Lunatic asylums Central Provinces reports 1895-1909 - 1895-1909
Year: 1895
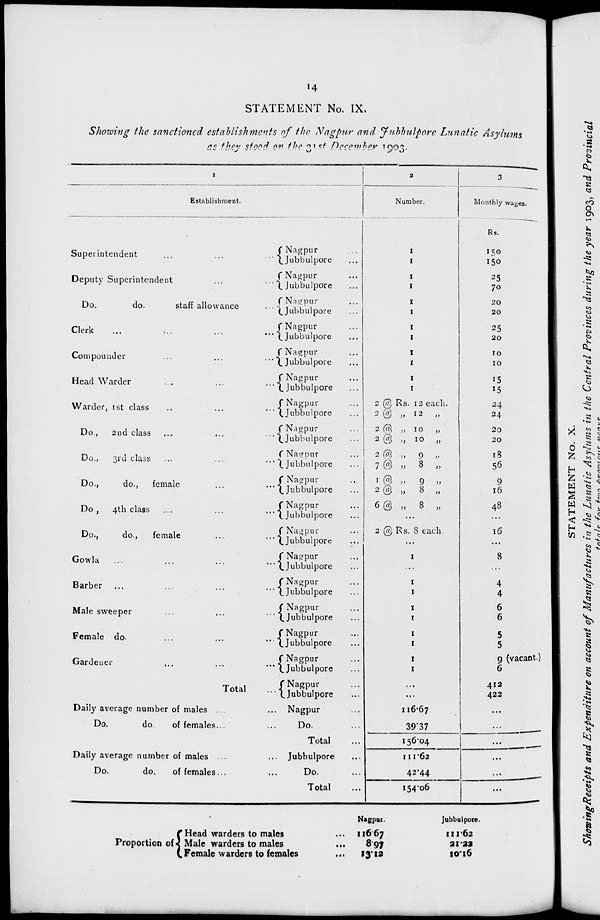
14
STATEMENT No. IX.
Showing the sanctioned establishments of the Nagpur and Jubbulpore Lunatic Asylums
as they
stood
on
the
31st
December 1903.
1
Establishment.
Superintendent
...
...
...
Deputy Superintendent
...
...
Do.
do.
staff allowance
...
Clerk
...
...
...
...
Compounder
...
...
...
Head Warder
....
...
...
Warder, 1st class
...
...
...
Do., 2nd class ...
...
...
Do., 3rd class ...
... ...
Do.,
do., female
...
...
Do., 4th class ...
...
...
Do.,
do.,
female
...
...
Gowla
...
...
...
...
Barber ...
...
...
...
Male sweeper
...
... ...
Female do.
...
...
...
Gardener
...
...
...
Total ...
Daily average number of males ... ...
Do.
do.
of females ... ...
Nagpur ...
Jubbulpore ...
Nagpur ...
Jubbulpore ...
Nagpur ...
Jubbulpore ...
Nagpur ...
Jubbulpore ...
Nagpur ...
Jubbulpore ...
Nagpur ...
Jubbulpore ...
Nagpur ...
Jubbulpore ...
Nagpur ...
Jubbulpore ...
Nagpur ...
Jubbulpore ...
Nagpur ...
Jubbulpore ...
Nagpur ...
Jubbulpore ...
Nagpur ...
Jubbulpore ...
Nagpur ...
Jubbulpore ...
Nagpur ...
Jubbulpore ...
Nagpur ...
Jubbulpore ...
Nagpur ...
Jubbulpore ...
Nagpur ...
Jubbulpore ...
Nagpur ...
Jubbulpore ...
Nagpur ...
Do. ...
Total ...
Daily average number of males ... ...
Jubbulpore ...
Do.
do.
of females ...
...
Do. ...
Total ...
2
Number.
1
1
1
1
1
1
1
1
1
1
1
1
2 @ Rs. 12 each.
2 @ „ 12
„
2 @ „ 10
„
2 @ „ 10
„
2 @ „
9
„
7 @ „ 8 „
1 @
„
9
„
2 @ „
8 „
6 @ „ 8 „
...
2 @ Rs. 8 each.
...
1
...
1
1
1
1
1
1
1
1
...
...
116.67
39.37
156.04
111.62
42.44
154.06
3
Monthly wages.
Rs.
150
150
25
70
20
20
25
20
10
10
15
15
24
24
20
20
18
56
9
16
48
...
16
...
8
...
4
4
6
6
5
5
9 (vacant.)
6
412
422
...
...
...
...
...
...
Proportion of
Head warders to males ...
Male warders to males
...
Female warders to females ...
Nagpur.
116.67
8.97
13.12
Jubbulpore.
111.62
21.22
10.16